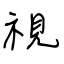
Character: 視